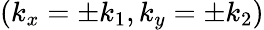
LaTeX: (k_{x}=\pm k_{1},k_{y}=\pm k_{2})